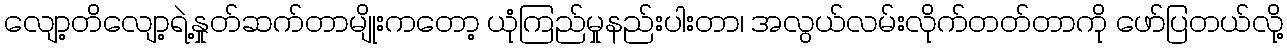
လျော့တိလျော့ရဲ့နှုတ်ဆက်တာမျိုးကတော့ ယုံကြည်မှုနည်းပါးတာ၊ အလွယ်လမ်းလိုက်တတ်တာကို ဖော်ပြတယ်လို့